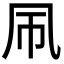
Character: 𫥞